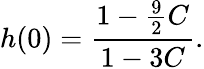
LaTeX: h(0)={\frac{1-{\frac{9}{2}}C}{1-3C}}.